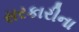
સરકારીના